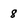
Character: 8